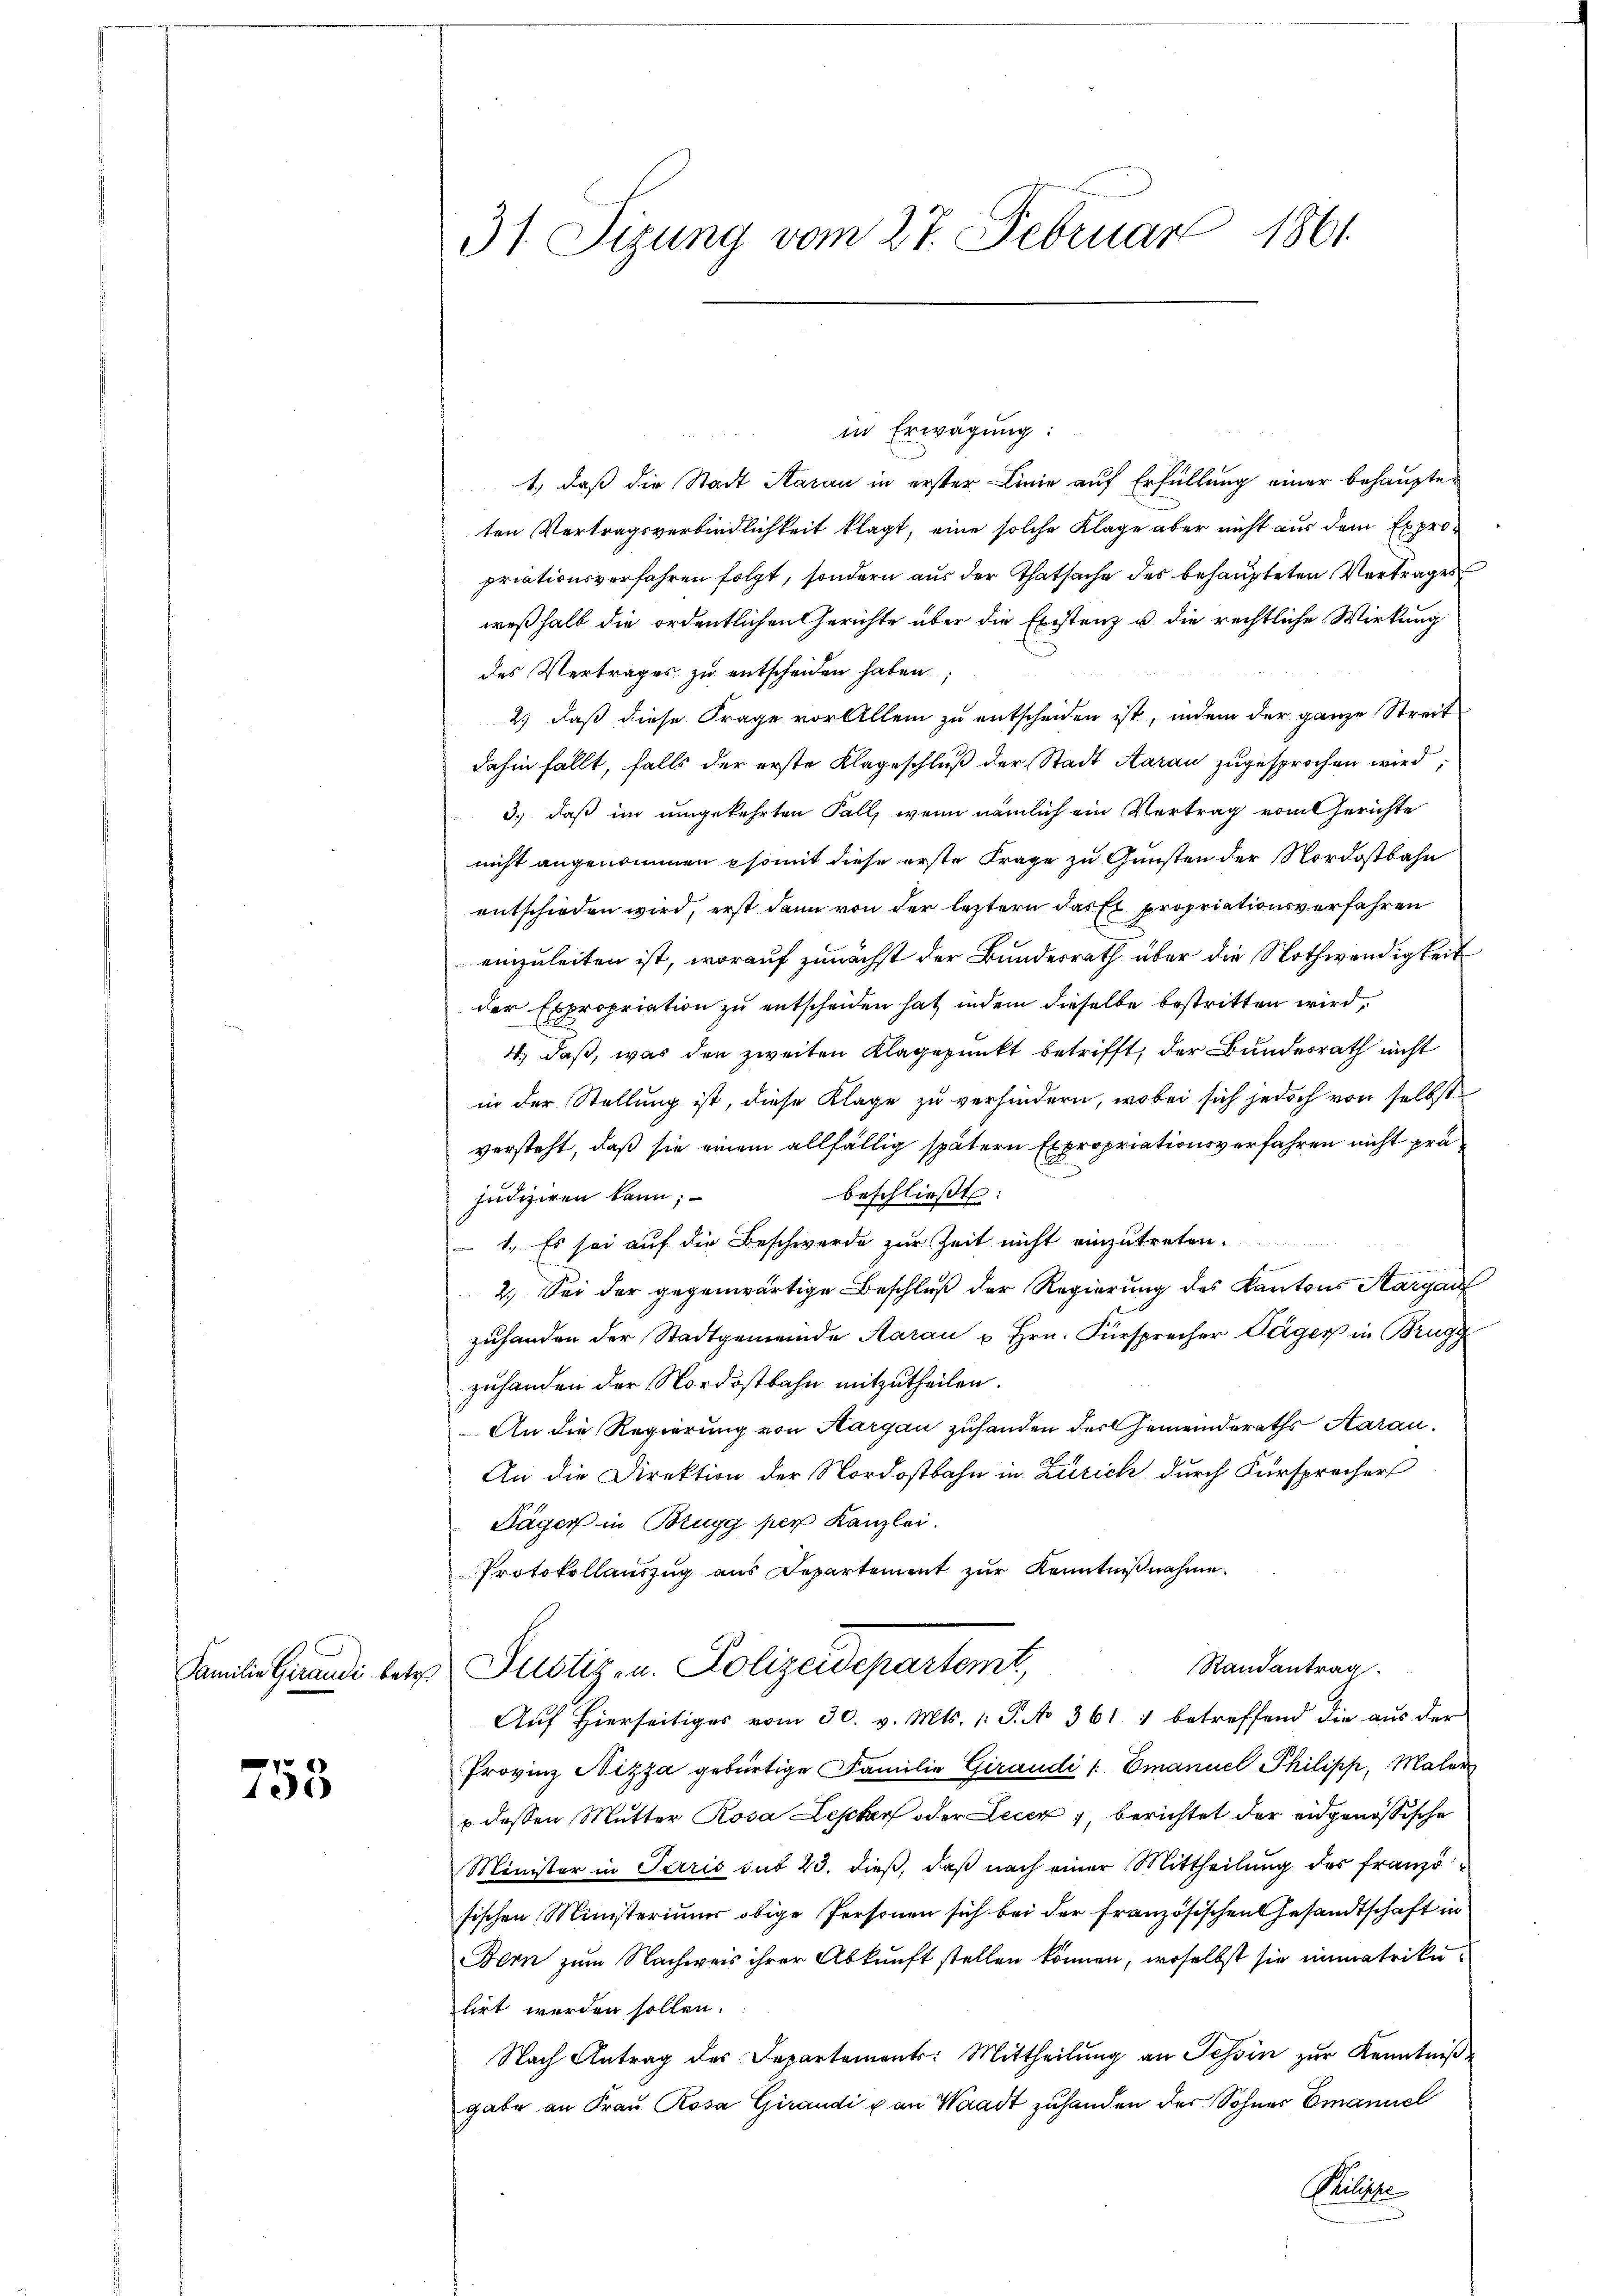
e
105

31 Sizung vom 27. Februar 1861

in Erwägung:
1., daß die Stadt Saran in erster Linie auf Erfüllung einer behaupteten Vertragsverbindlichkeit klagt, eine solche Klage aber nicht aus dem Expropriationsverfahren folgt, sondern aus der Thatsache des behaupteten Vertrages
weßhalb die ordentlichen Gerichte über die Existenz u. die rechtliche Wirkung
des Vertrages zu entscheiden haben.
2) daß diese Frage vor Allem zu entscheiden ist, indem der ganze Streit
dahin fällt, falls der erste Klageschluß der Stadt Aarau zugesprochen wird,
3.) daß im umgekehrten Fall, wenn nämlich ein Vertrag vom Gerichte
nicht angenommen somit diese erste Frage zu Gunsten der Nordostbahn
entschieden wird, erst dann von der leztern das Er propriationsverfahren
einzuleiten ist, worauf zunächst der Bundesrath über die Nothwendigkeit
der Expropriation zu entscheiden hat, indem dieselbe bestritten wird,
4., daß, was den zweiten Klagepunkt betrifft, der Bundesrath nicht
in der Stellung ist, diese Klage zu verhindern, wobei sich jedoch von selbst
versteht, daß sie einem allfällig spätern Expropriationsverfahren nicht präbeschließt:
judiziren kann;
1. Es sei auf die Beschwerde zur Zeit nicht einzutreten.
2.) Sei der gegenwärtige Beschluß der Regierung des Kantons Aargau
zuhanden der Stadtgemeinde Aarau u Hrn. Fürsprecher Täger in Brugg
zuhanden der Nordostbahn mitzutheilen.
An die Regierung von Aargau zuhanden der Gemeinderaths Aarau
An die Direktion der Nordostbahn in Zürich durch Fürsprecher
Säger in Brugg per Kanzlei.
Protokollauszug aus Departement zur Kenntnißnahme.
Randantrag
Familien Grunde betr. Justiz- u. Polizeidepartemt,
Aŭf hierseitiges vom 30. v. Mts. 1. P. No 361. 1 betreffend die aŭs der
Provinz Nizza gebürtige Familie Giraudi /: Emanuel Philipp, Maler
u dessen Mutter Rosa Lepcker oder Leier, berichtet der eidgenössische
Minister in Terris mit 23. dieß, daß nach einer Mittheilung des Französischen Ministeriums obige Personen sich bei der französischen Gesandtschaft in
Bern zum Nachweis ihrer Abkunft stellen können, woselbst sie immatrike
lirt werden sollen.
Nach Antrag des Departements: Mittheilung an Tessin zur Kenntniß
gabe an Frau Rosa Girandi von Waadt zuhanden der Sohner Emanuel
Ruge